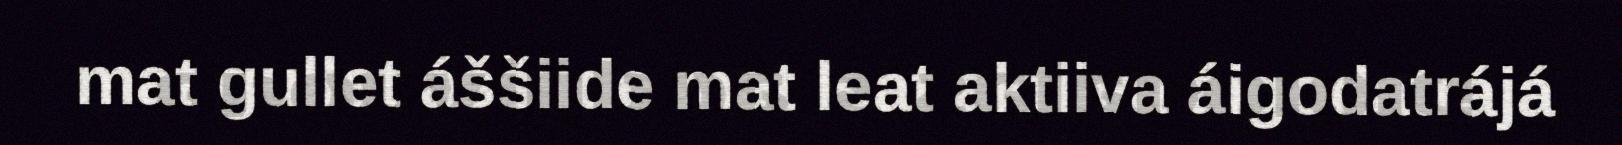
mat gullet áššiide mat leat aktiiva áigodatrájá